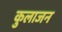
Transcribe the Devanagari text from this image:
कुलाजन